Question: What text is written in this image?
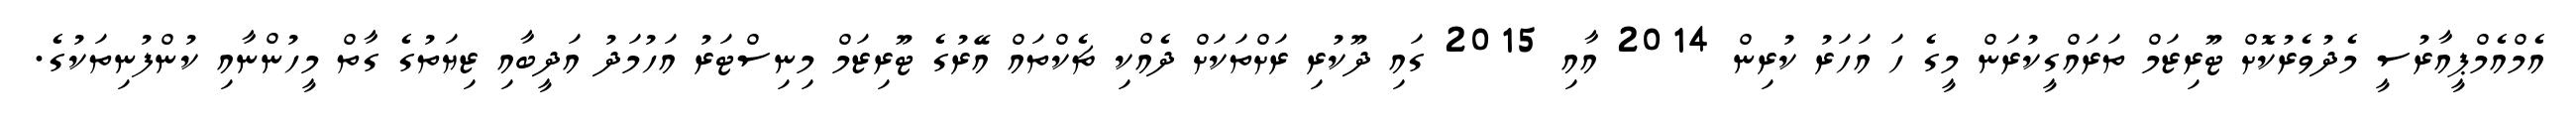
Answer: އެމްއެމްޕީއާރުސީ މެދުވެރުކޮށް ޓޫރިޒަމް ތަރައްގީކުރަން މީގެ ހަ އަހަރު ކުރިން 2014 އާއި 2015 ގައި ދޫކުރި ރަށްތަކަށް ދެއްކި ޗެކްތައް އޭރުގެ ޓޫރިޒަމް މިނިސްޓަރު އަހުމަދު އަދީބާއި ޒިޔަތުގެ ގާތް މީހުންނާއި ކުންފުނިތަކުގެ.